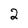
Character: 2